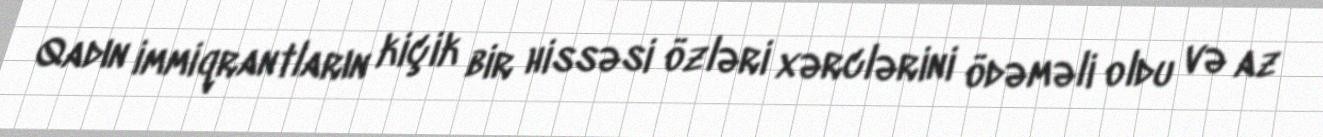
Qadın immiqrantların kiçik bir hissəsi özləri xərclərini ödəməli oldu və az